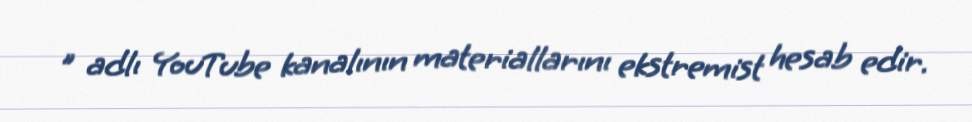
" adlı YouTube kanalının materiallarını ekstremist hesab edir.